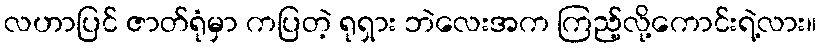
လဟာပြင် ဇာတ်ရုံမှာ ကပြတဲ့ ရုရှား ဘဲလေးအက ကြည့်လို့ကောင်းရဲ့လား။